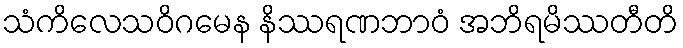
သံကိလေသဝိဂမေန နိဿရဏဘာဝံ အဘိရမိဿတီတိ